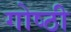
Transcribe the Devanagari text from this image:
गोष्‍ठी